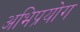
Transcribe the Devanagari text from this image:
अभिप्रयोग